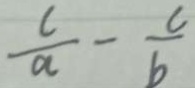
\frac { c } { a } - \frac { c } { b }